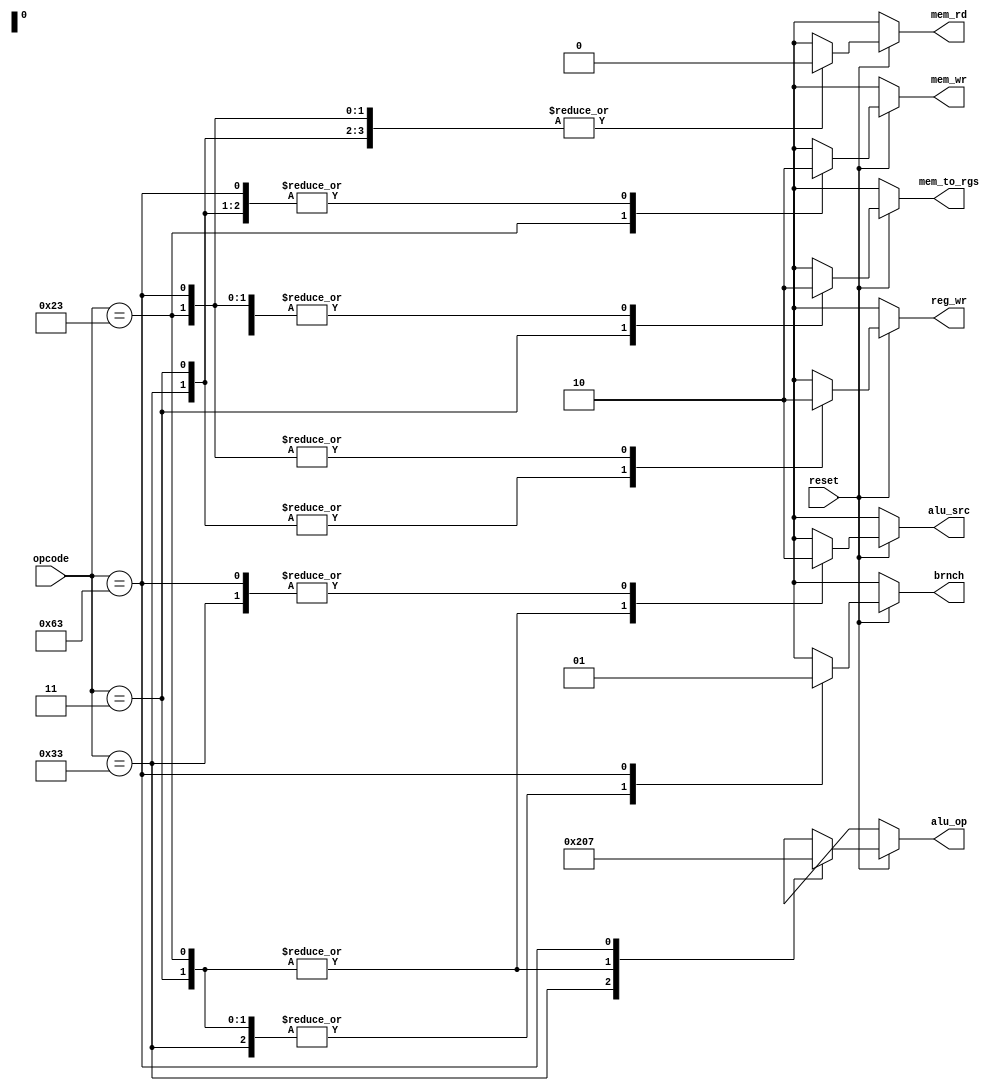
`timescale 1ns / 1ps
//////////////////////////////////////////////////////////////////////////////////
// Company: 
// Engineer: 
// 
// Design Name: 
// Module Name:    control 
// Project Name: 
// Target Devices: 
// Tool versions: 
// Description: 
//
// Dependencies: 
//
// Revision: 
// Revision 0.01 - File Created
// Additional Comments: 
//
//////////////////////////////////////////////////////////////////////////////////
// Generated by MyHDL 0.11


`timescale 1ns/10ps

module control (
    
    reset,
    opcode,
    brnch,
    mem_rd,
    mem_to_rgs,
    alu_op,
    mem_wr,
    alu_src,
    reg_wr
);


input reset;
input [6:0] opcode;
output [0:0] brnch;
reg [0:0] brnch1;
output [0:0] mem_rd;
reg [0:0] mem_rd1;
output [0:0] mem_to_rgs;
reg [0:0] mem_to_rgs1;
output [3:0] alu_op;
reg [3:0] alu_op1;
output [0:0] mem_wr;
reg [0:0] mem_wr1;
output [0:0] alu_src;
reg [0:0] alu_src1;
output [0:0] reg_wr;
reg [0:0] reg_wr1;




always @(opcode, reset) begin: CONTROL_CONT
    if ((reset == 1)) begin
        case (opcode)
            'h33: begin
                alu_src1 <= 1'b0;
                mem_to_rgs1 <= 1'b0;
                reg_wr1 <= 1'b1;
                mem_rd1 <= 1'b0;
                mem_wr1 <= 1'b0;
                brnch1 <= 1'b0;
                alu_op1 <= 2;
            end
            'h3: begin
                alu_src1 <= 1'b1;
                mem_to_rgs1 <= 1'b1;
                reg_wr1 <= 1'b1;
                mem_rd1 <= 1'b0;
                mem_wr1 <= 1'b0;
                brnch1 <= 1'b0;
                alu_op1 <= 0;
            end
            'h23: begin
                alu_src1 <= 1'b1;
                mem_to_rgs1 <= 1'b0;
                reg_wr1 <= 1'b0;
                mem_rd1 <= 1'b0;
                mem_wr1 <= 1'b1;
                brnch1 <= 1'b0;
                alu_op1 <= 0;
            end
            'h63: begin
                alu_src1 <= 1'b0;
                mem_to_rgs1 <= 1'b0;
                reg_wr1 <= 1'b0;
                mem_rd1 <= 1'b0;
                mem_wr1 <= 1'b0;
                brnch1 <= 1'b1;
                alu_op1 <= 7;
            end
            default:begin
                alu_src1 <= 1'bX;
                mem_to_rgs1 <= 1'bX;
                reg_wr1 <= 1'bX;
                mem_rd1 <= 1'bX;
                mem_wr1 <= 1'bX;
                brnch1<= 1'bX;
                alu_op1 <= 4'bX;
            end
            endcase
    end
    //
    else begin
        alu_src1 <= 1'bX;
        mem_to_rgs1 <= 1'bX;
        reg_wr1 <= 1'bX;
        mem_rd1 <= 1'bX;
        mem_wr1 <= 1'bX;
        brnch1 <= 1'bX;
        alu_op1 <= 4'bX;
    end
end
assign alu_src=alu_src1 ;
assign mem_to_rgs=mem_to_rgs1 ;
assign reg_wr=reg_wr1 ;
assign mem_rd=mem_rd1 ;
assign mem_wr=mem_wr1 ;
assign brnch=brnch1 ;
assign alu_op=alu_op1;

endmodule